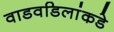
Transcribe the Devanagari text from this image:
वाडवडिलांकडे